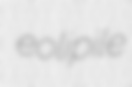
eolipile